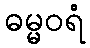
ဓမ္မဝရံ